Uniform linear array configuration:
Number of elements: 64
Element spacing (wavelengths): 1
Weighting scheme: binomial
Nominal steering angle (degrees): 45
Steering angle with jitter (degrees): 43.457
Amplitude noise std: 0.05
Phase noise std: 0.05

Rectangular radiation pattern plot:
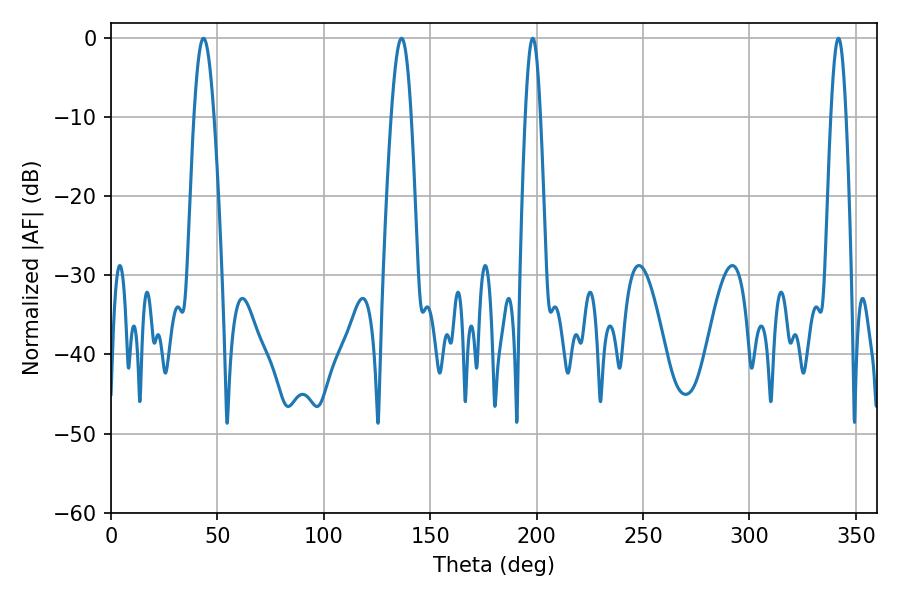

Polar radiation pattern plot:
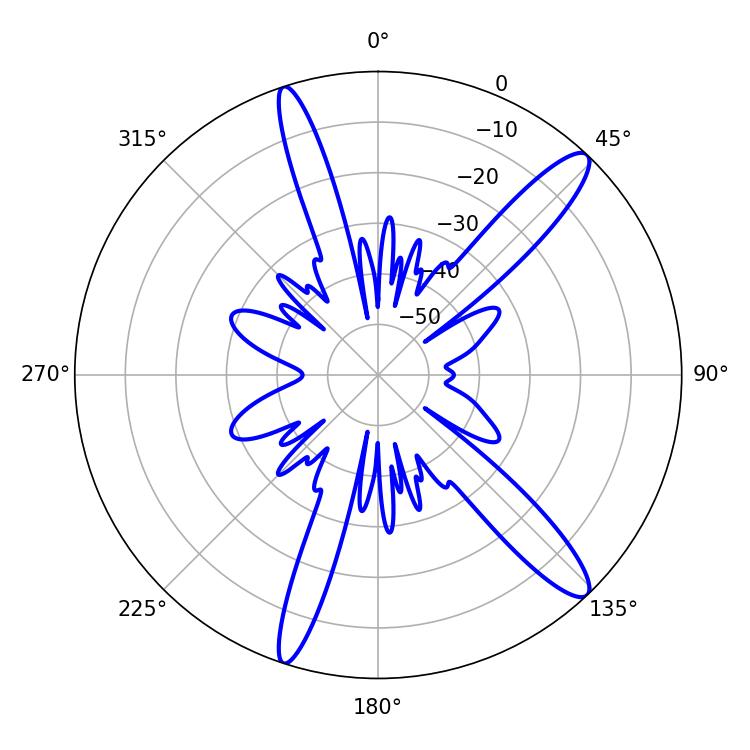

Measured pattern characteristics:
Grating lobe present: TRUE
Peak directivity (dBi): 13.612
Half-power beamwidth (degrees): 3.96
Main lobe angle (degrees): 198.18